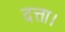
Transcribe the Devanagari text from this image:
दत्ता।